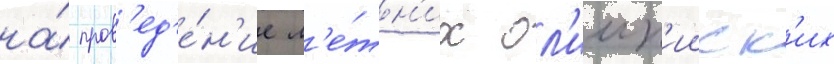
на́ пров'ед'е́н'ие л'е́тн'их ол'имп'ииск'их